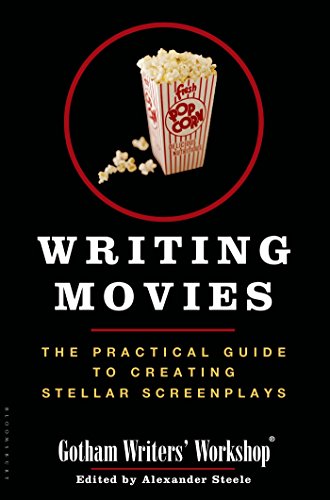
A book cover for Writing Movies: The Practical Guide to Creating Stellar Screenplays; Gotham Writers' Workshop; Humor & Entertainment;